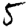
Digit: 5